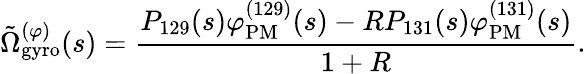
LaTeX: \tilde{\Omega}_{\mathrm{gyro}}^{(\varphi)}(s)=\frac{P_{129}(s)\varphi_{\mathrm{PM}}^{(129)}(s)-RP_{131}(s)\varphi_{\mathrm{PM}}^{(131)}(s)}{1+R}.